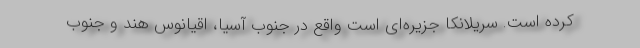
کرده است. سریلانکا جزیره‌ای است واقع در جنوب آسیا، اقیانوس هند و جنوب